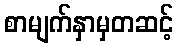
စာမျက်နှာမှတဆင့်